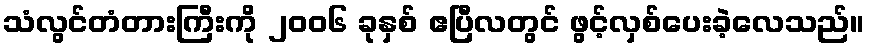
သံလွင်တံတားကြီးကို ၂၀၀၆ ခုနှစ် ဧပြီလတွင် ဖွင့်လှစ်ပေးခဲ့လေသည်။